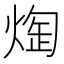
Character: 𭵖